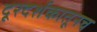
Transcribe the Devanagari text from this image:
दूरदर्शकातूनच